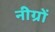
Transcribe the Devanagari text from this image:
नीग्रों